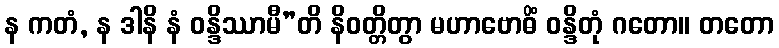
န ကတံ, န ဒါနိ နံ ဝန္ဒိဿာမီ”တိ နိဝတ္တိတွာ မဟာဗောဓိံ ဝန္ဒိတုံ ဂတော။ တတော